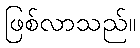
ဖြစ်လာသည်။